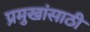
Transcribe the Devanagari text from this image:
प्रमुखांसाठी